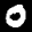
Label: 0